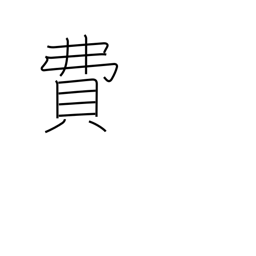
Meaning: expense